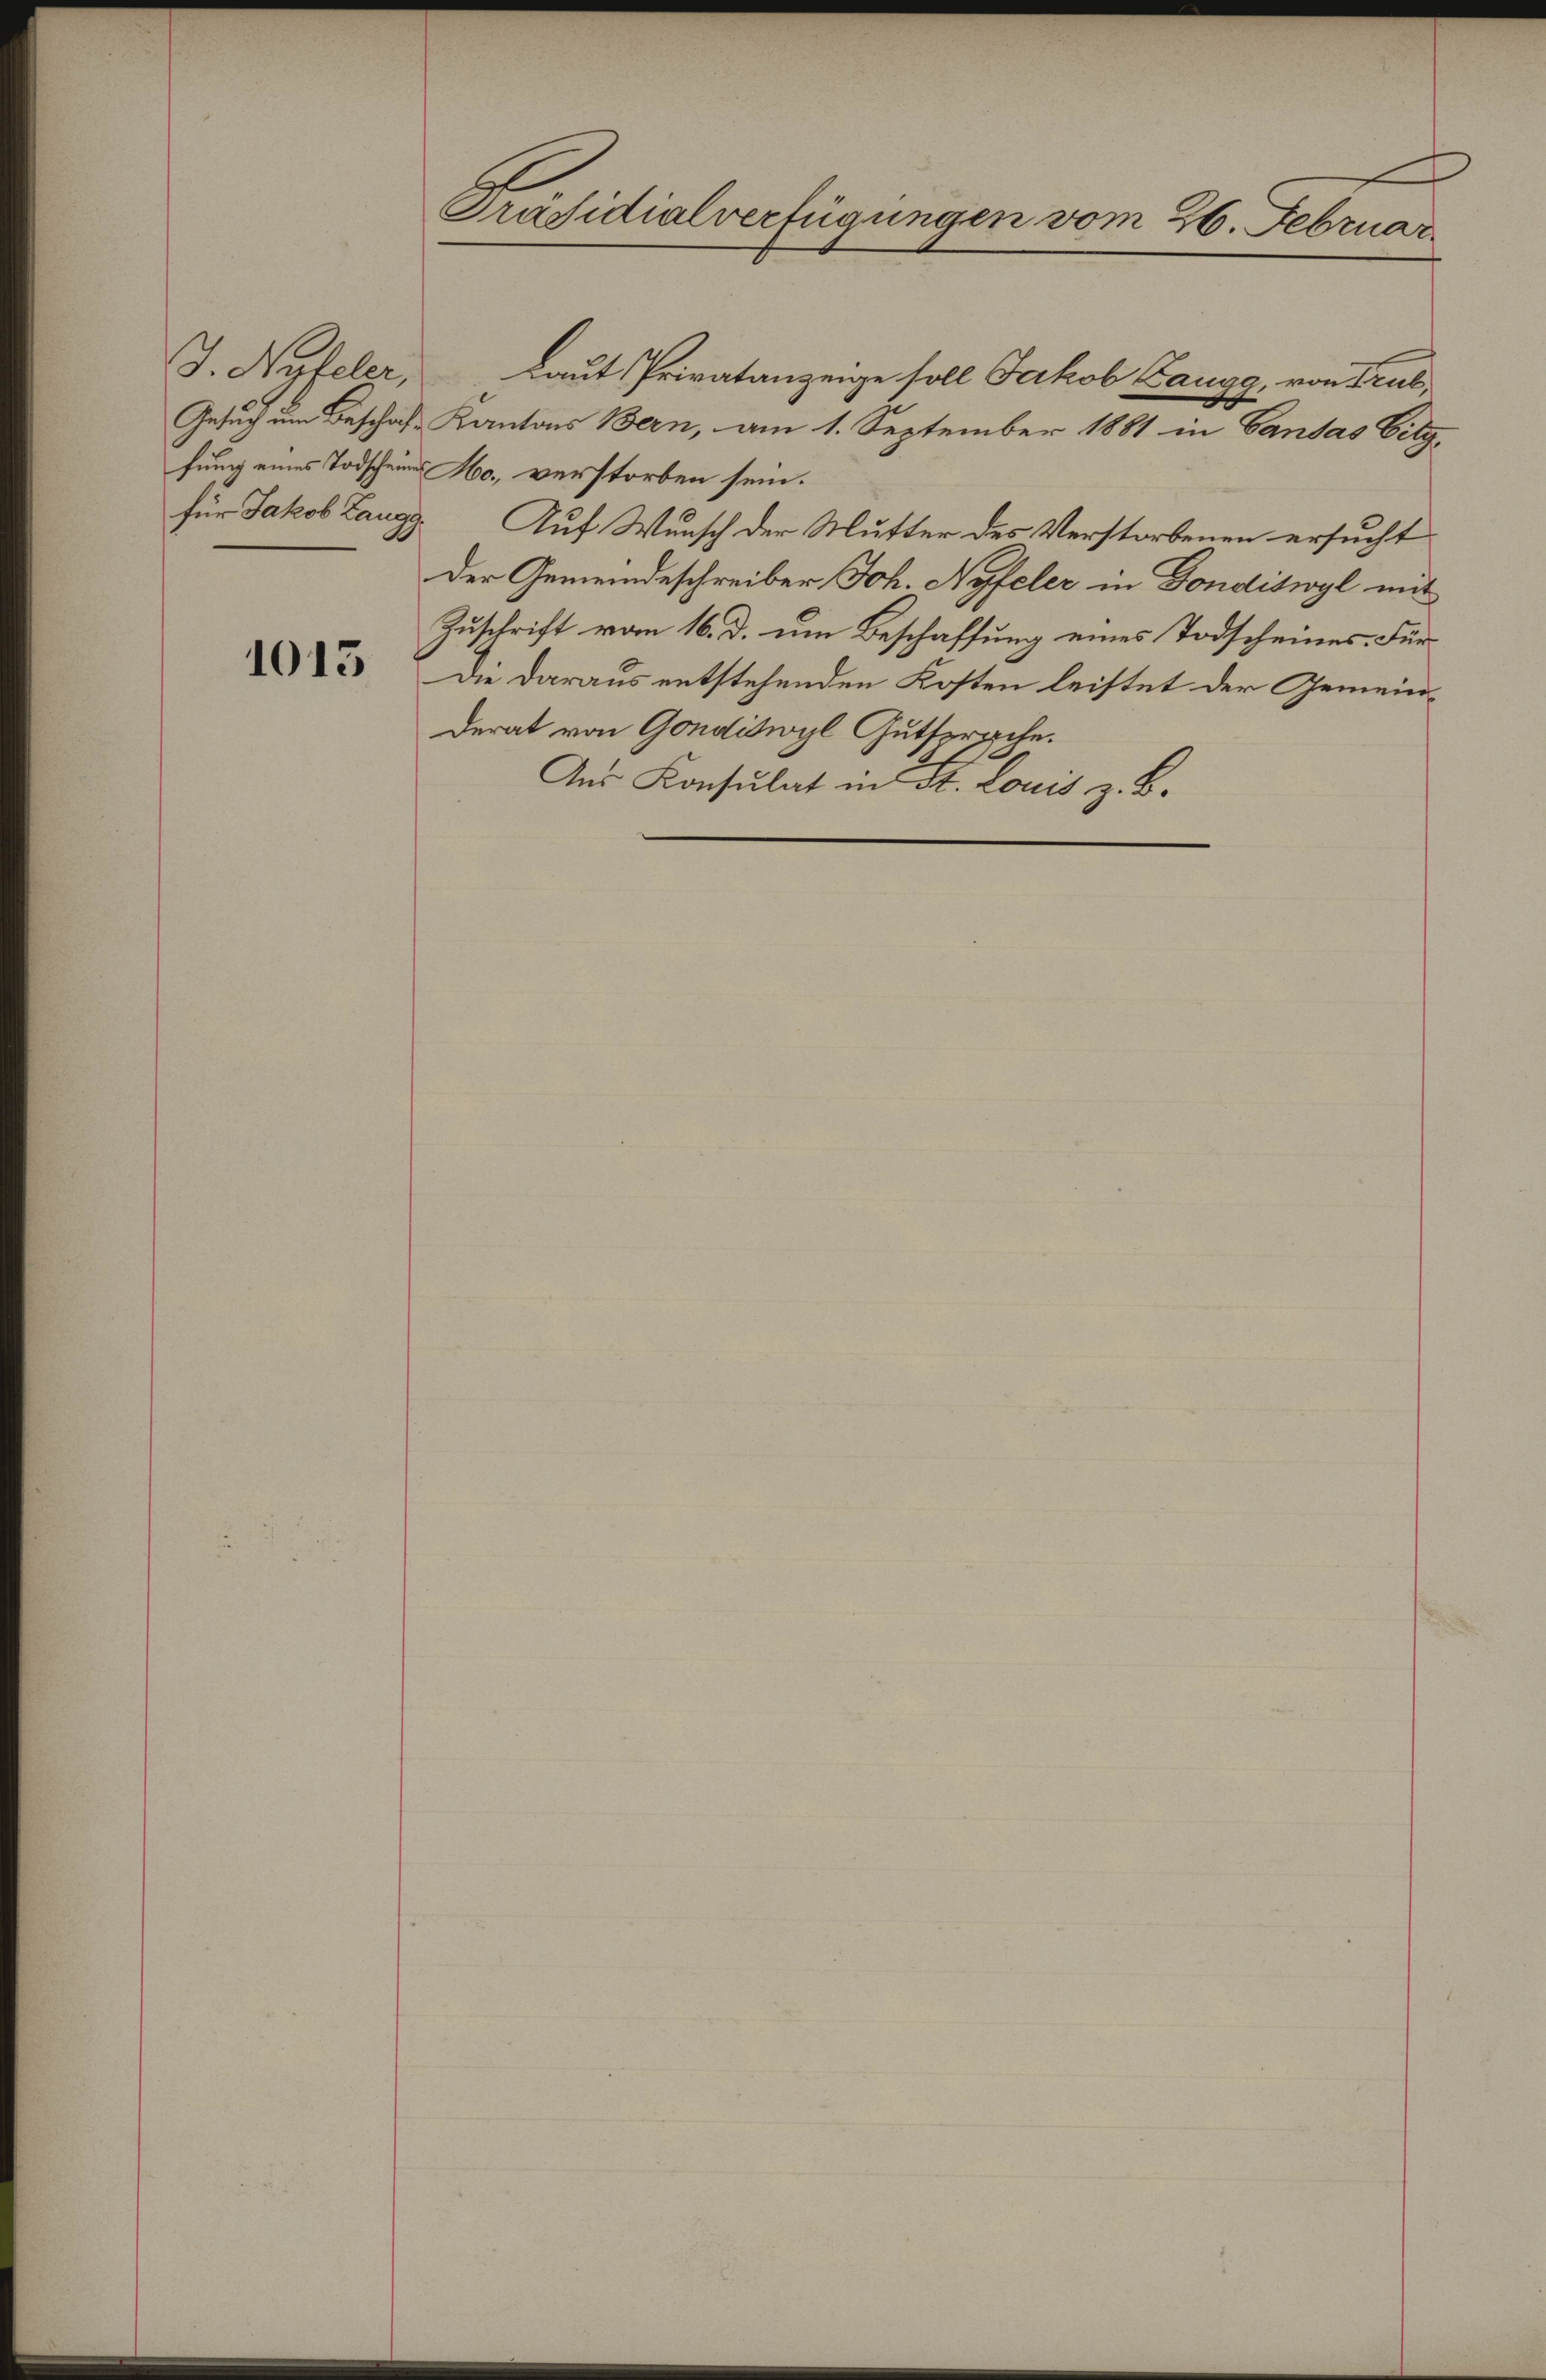
J. Nyfeler,

1013

Präsidialverfügungen vom 26. Februar.

Laut Privatanzeige soll Jakob Zaugg, von Trusx
Gesuch um Beschaft Kantons Bern, am 1. September 1881 in Vandas Eitz,
fung eines Todscheines Ho., verstorben sein.
für Jakob Zaugg. Auf Wunsch der Mutter des Verstorbenen ersucht
Der Gemeindeschreiber Joh. Nyfeler in Fonditwyl mit
Zuschrift vom 16. d. um Beschaffung eines Todscheines. Für
Die daraus entstehenden Kosten leistet der Gemeinderat von Gondiswyl Gutsproche.
Aus Konsulat in St. Louis z. B.